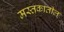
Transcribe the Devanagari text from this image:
मस्तकातील